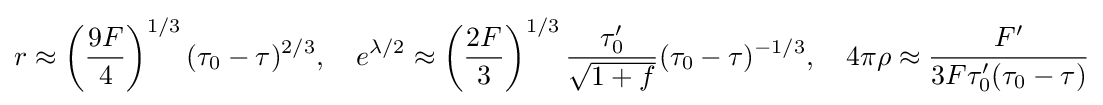
r\approx \left({\frac {9F}{4}}\right)^{1/3}(\tau _{0}-\tau )^{2/3},\quad e^{\lambda /2}\approx \left({\frac {2F}{3}}\right)^{1/3}{\frac {\tau _{0}'}{\sqrt {1+f}}}(\tau _{0}-\tau )^{-1/3},\quad 4\pi \rho \approx {\frac {F'}{3F\tau _{0}'(\tau _{0}-\tau )}}